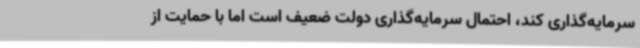
سرمایه‌گذاری کند، احتمال سرمایه‌گذاری دولت ضعیف است اما با حمایت از